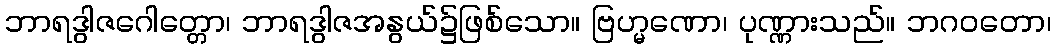
ဘာရဒွါဇဂေါတ္တော၊ ဘာရဒွါဇအနွယ်၌ဖြစ်သော။ ဗြဟ္မဏော၊ ပုဏ္ဏားသည်။ ဘဂဝတော၊